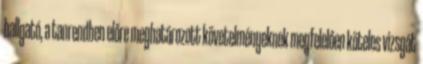
hallgató, a tanrendben előre meghatározott követelményeknek megfelelően köteles vizsgát